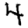
Digit: 4